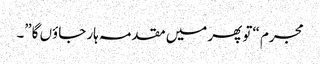
مجرم “تو پھر میں مقدمہ ہار جاؤں گا”۔